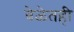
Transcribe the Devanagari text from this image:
वेळेतही